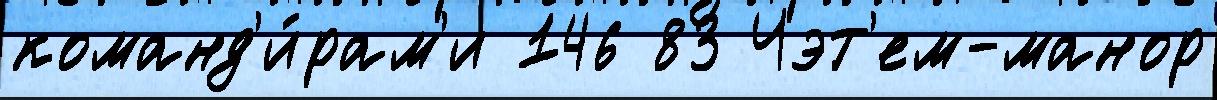
команд'и́рам'и 146 83 Чэт'ем-манор